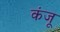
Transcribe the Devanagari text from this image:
कंजू